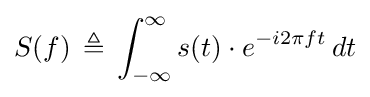
S(f)\,\triangleq \,\int _{-\infty }^{\infty }s(t)\cdot e^{-i2\pi ft}\,dt